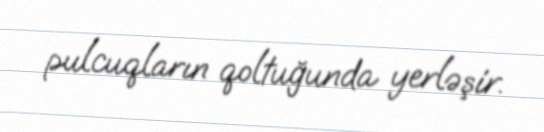
pulcuqların qoltuğunda yerləşir.